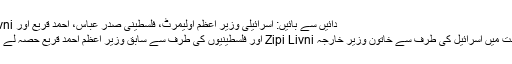
دائیں سے بائیں: اسرائیلی وزیر اعظم اولیمرٹ، فلسطینی صدر عباس، احمد قریع اور Zipi Livni
اس مکالمت میں اسرائیل کی طرف سے خاتون وزیر خارجہ Zipi Livni اور فلسطینیوں کی طرف سے سابق وزیر اعظم احمد قریع حصہ لے رہے ہیں۔